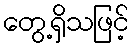
တွေ့ရှိသဖြင့်